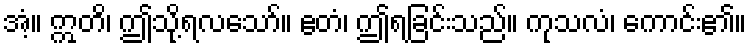
အံ့။ ဣတိ၊ ဤသို့ရလသော်။ ဧတံ၊ ဤရခြင်းသည်။ ကုသလံ၊ ကောင်း၏။